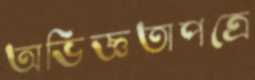
অভিজ্ঞতাপত্রে